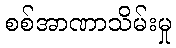
စစ်အာဏာသိမ်းမှု